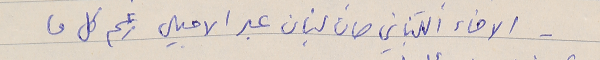
- الاخاء اللبناني صان لبنان عبر الاجيال رغم كل ما